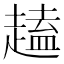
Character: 𫎽